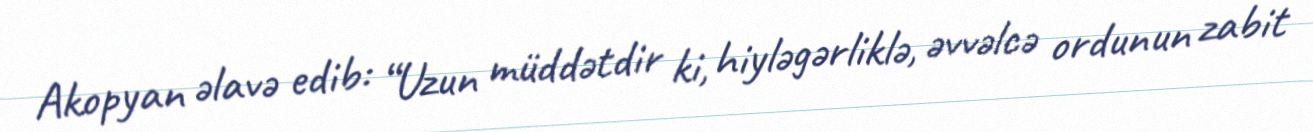
Akopyan əlavə edib: “Uzun müddətdir ki, hiyləgərliklə, əvvəlcə ordunun zabit